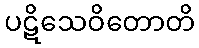
ပဋိသေဝိတောတိ